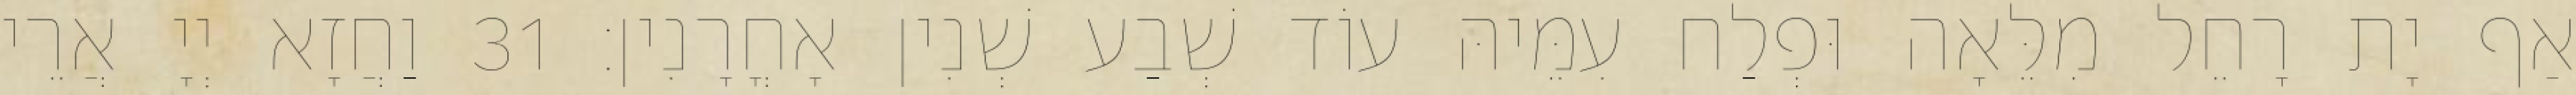
אַף יָת רָחֵל מִלֵּאָה וּפְלַח עִמֵּיהּ עוֹד שְׁבַע שְׁנִין אָחֳרָנִין׃ 31 וַחֲזָא יְיָ אֲרֵי